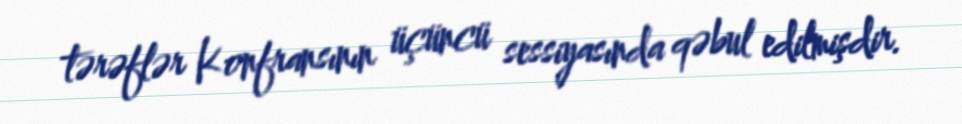
tərəflər Konfransının üçüncü sessiyasında qəbul edilmişdir.